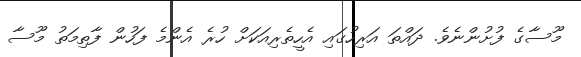
މޫސާގެ ފުށުންނެވެ. ދައްތަ އަރިހުގައި އެހީތެރިއަކަށް ހުރެ އެންމެ ފަހުން ފާތިމަތު މޫސާ